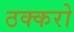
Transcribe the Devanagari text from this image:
ठक्करो